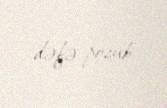
dəfə pozub.